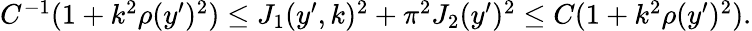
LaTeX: \begin{array}{r}{C^{-1}(1+k^{2}\rho(y^{\prime})^{2})\leq J_{1}(y^{\prime},k)^{2}+\pi^{2}J_{2}(y^{\prime})^{2}\leq C(1+k^{2}\rho(y^{\prime})^{2}).}\end{array}